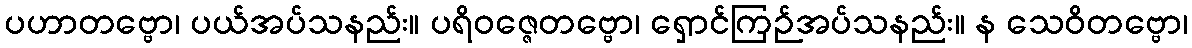
ပဟာတဗ္ဗော၊ ပယ်အပ်သနည်း။ ပရိဝဇ္ဇေတဗ္ဗော၊ ရှောင်ကြဉ်အပ်သနည်း။ န သေဝိတဗ္ဗော၊